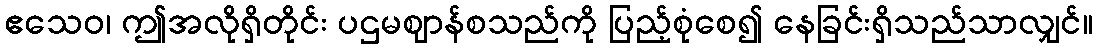
ဧသေဝ၊ ဤအလိုရှိတိုင်း ပဌမဈာန်စသည်ကို ပြည့်စုံစေ၍ နေခြင်းရှိသည်သာလျှင်။